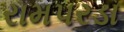
રામપરડા